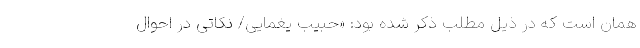
همان است که در ذیل مطلب ذکر شده بود: «حبیب یغمایی/ نکاتی در احوال